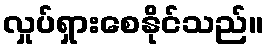
လှုပ်ရှားစေနိုင်သည်။